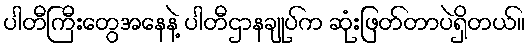
ပါတီကြီးတွေအနေနဲ့ ပါတီဌာနချုပ်က ဆုံးဖြတ်တာပဲရှိတယ်။